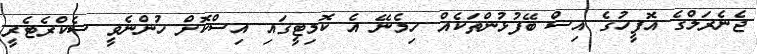
ޖެނެރަލްގެ އޮފީހުގެ އިސް ބޭފުޅުންތަކެއް ހިމެނޭ އެ ކޮމިޓީގައި އިސްކޮށް ހުންނެވީ ސެކްރެޓެރީ